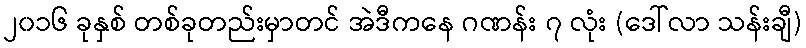
၂၀၁၆ ခုနှစ် တစ်ခုတည်းမှာတင် အဲဒီကနေ ဂဏန်း ၇ လုံး (ဒေါ်လာ သန်းချီ)